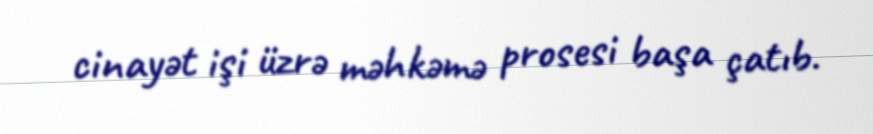
cinayət işi üzrə məhkəmə prosesi başa çatıb.